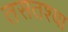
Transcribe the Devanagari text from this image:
तसतश्या